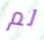
لم